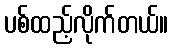
ပစ်ထည့်လိုက်တယ်။